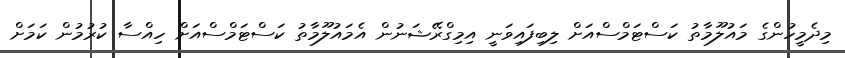
މިދެމީހުންގެ މައުލޫމާތު ކަސްޓަމްސްއަށް ލިބިފައިވަނީ އިމިގްރޭޝަނުން އެމައުލޫމާތު ކަސްޓަމްސްއަށް ހިއްސާ ކުރުމުން ކަމަށް